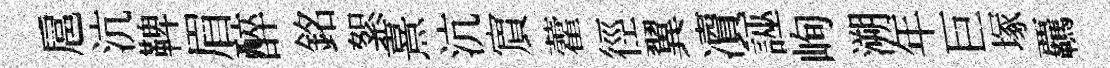
扈沆鞞眉醉銘絮熹沆賔藿徑翼凟誣峋溯年巨塚覊